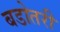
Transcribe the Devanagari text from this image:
बडोतरी